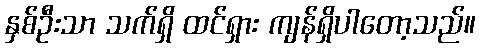
နှစ်ဦးသာ သက်ရှိ ထင်ရှား ကျန်ရှိပါတော့သည်။